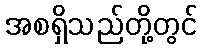
အစရှိသည်တို့တွင်